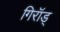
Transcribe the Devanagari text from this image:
गिरॉड्